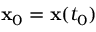
{ \mathbf x } _ { 0 } = { \mathbf x } ( t _ { 0 } )